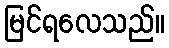
မြင်ရလေသည်။